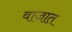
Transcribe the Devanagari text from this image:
वाजात